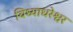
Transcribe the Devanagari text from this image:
विध्याधरेश्वर